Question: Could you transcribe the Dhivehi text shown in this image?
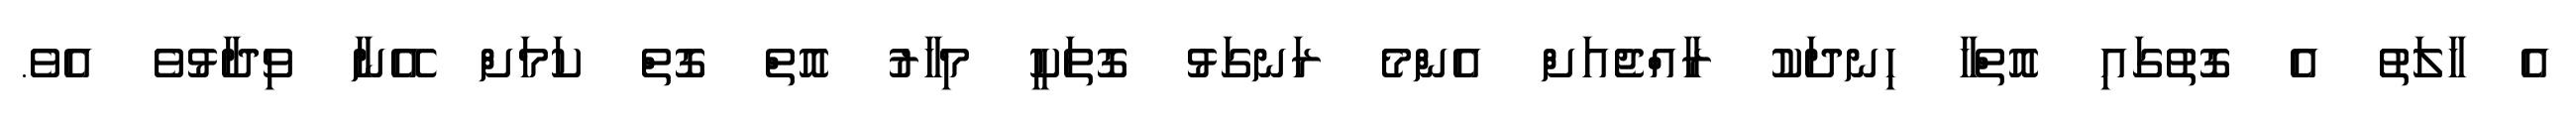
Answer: އެ ހާލަތު އެ ގޮތުގައި އޮތްހާ ހިނދަކު ރާއްޖެއަށް އެންމެ ރަނގަޅު ގޮތަކީ މިހާރު އޮތް ގޮތް ކަމަށް އޭނާ ވިދާޅުވެ އެވެ.